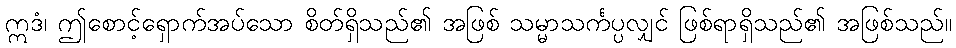
ဣဒံ၊ ဤစောင့်ရှောက်အပ်သော စိတ်ရှိသည်၏ အဖြစ် သမ္မာသင်္ကပ္ပလျှင် ဖြစ်ရာရှိသည်၏ အဖြစ်သည်။